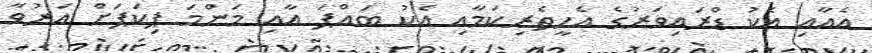
އެއާއި އެކު ޑްރައިވަރުގެ އެހީތެރިކަމާއި އެކު ބައްޕަ އާއި މަންމަ ޕިކަޕަށް އަރުވާ